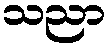
သညာ